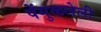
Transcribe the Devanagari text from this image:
पेंगुळलेली